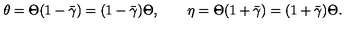
\theta = \Theta ( 1 - \bar { \gamma } ) = ( 1 - \bar { \gamma } ) \Theta , \qquad \eta = \Theta ( 1 + \bar { \gamma } ) = ( 1 + \bar { \gamma } ) \Theta .